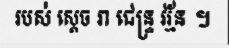
របស់ ស្តេច រា ជេន្ទ្រ វរ្ម័ន ។